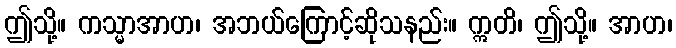
ဤသို့။ ကသ္မာအာဟ၊ အဘယ်ကြောင့်ဆိုသနည်း။ ဣတိ၊ ဤသို့။ အာဟ၊